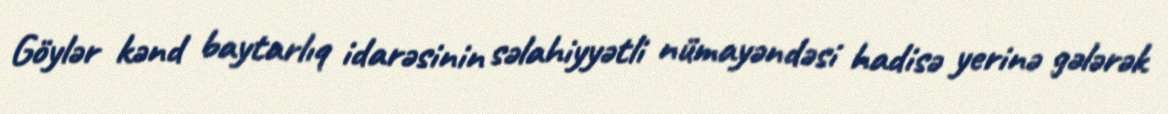
Göylər kənd baytarlıq idarəsinin səlahiyyətli nümayəndəsi hadisə yerinə gələrək